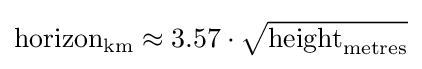
\mathrm {horizon} _{\mathrm {km} }\approx 3.57\cdot {\sqrt {\mathrm {height} _{\mathrm {metres} }}}